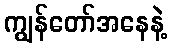
ကျွန်တော်အနေနဲ့